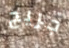
جريج